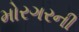
મોરગરની